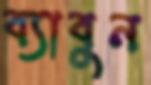
ব্যাবুন